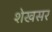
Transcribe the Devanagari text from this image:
शेखसर